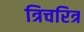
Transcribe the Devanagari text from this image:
त्रिचरित्र